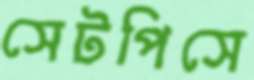
সেটপিসে